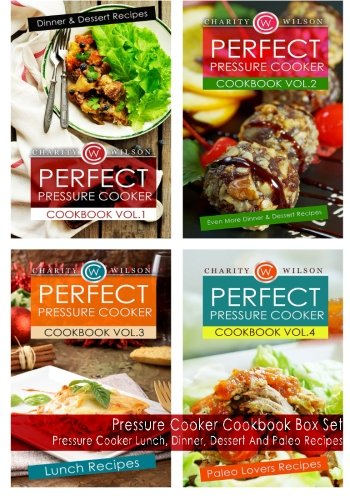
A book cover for Pressure Cooker Cookbook Box Set: Pressure Cooker Lunch, Dinner, Dessert And Paleo Recipes; Charity Wilson; Cookbooks, Food & Wine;